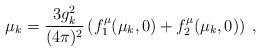
LaTeX: \begin{align*}\mu_k = \frac{3 g^2_k}{(4\pi)^2} \left( f^\mu_1(\mu_k,0) + f^\mu_2(\mu_k,0) \right) \:,\end{align*}